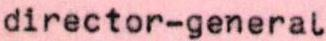
director-general